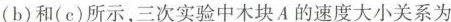
(b)和(c)所示，三次实验中木块A的速度大小关系为